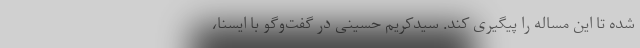
شده تا این مساله را پیگیری کند. سیدکریم حسینی در گفت‌وگو با ایسنا،